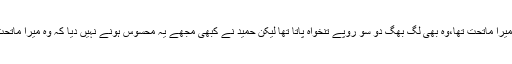
حمید میرا ماتحت تھا،وہ بھی لگ بھگ دو سو روپے تنخواہ پاتا تھا لیکن حمید نے کبھی مجھے یہ محسوس ہونے نہیں دیا کہ وہ میرا ماتحت ہے۔